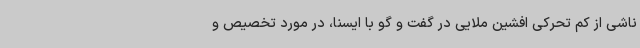
ناشی از کم تحرکی افشین ملایی در گفت و گو با ایسنا، در مورد تخصیص و